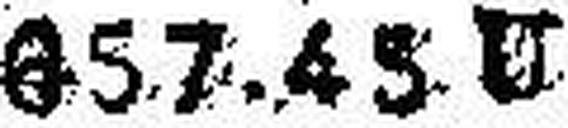
657.45 U